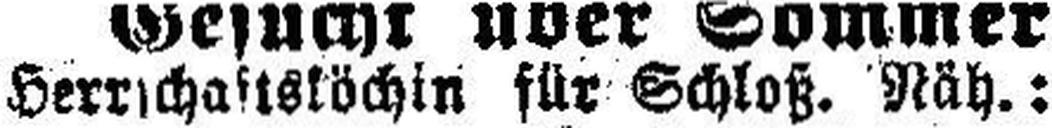
Herrschaftsköchin für Schloß. Näh.: